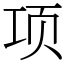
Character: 项